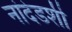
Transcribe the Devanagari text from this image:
नांदेडशी